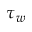
\tau _ { w }